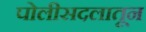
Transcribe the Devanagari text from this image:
पोलीसदलातून